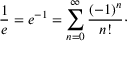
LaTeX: { \frac { 1 } { e } } = e ^ { - 1 } = \sum _ { n = 0 } ^ { \infty } { \frac { ( - 1 ) ^ { n } } { n ! } } \cdot